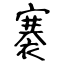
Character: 褰